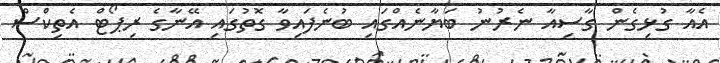
އެއާ ގުޅިގެން ގާސިއާ ނެރުނު ބަޔާނެއްގައި ބުނެފައިވާ ގޮތުގައި އޭނާގެ ރިޕޯޓް އެތިކްސް